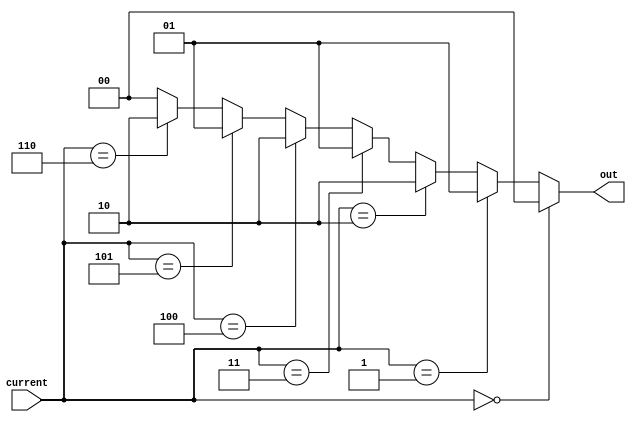
module out_put(current,out);

  input wire [2:0]current;
  output wire [1:0]out;
  
  assign out = (current == 3'd0) ? 2'b00 :
                (current == 3'd1) ? 2'b01 :
                (current == 3'd2) ? 2'b10 :
                (current == 3'd3) ? 2'b01 :
                (current == 3'd4) ? 2'b10 :
                (current == 3'd5) ? 2'b01 :
                (current == 3'd6) ? 2'b10 : 2'b00;
                
  endmodule